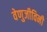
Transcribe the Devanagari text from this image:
वेणुजीविनी